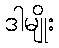
ဒါမျိုး